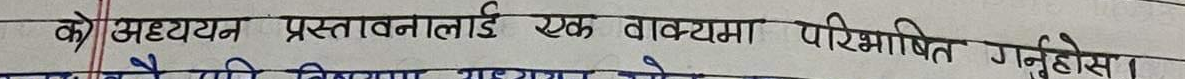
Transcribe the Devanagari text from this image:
क) अध्ययन प्रस्तावनालाई एक वाक्यमा परिभाषित गर्नुहोस्‌।